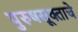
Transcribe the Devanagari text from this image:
पुरुषसूक्ताचे